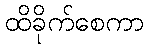
ထိခိုက်စေကာ